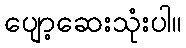
ပျော့ဆေးသုံးပါ။